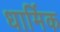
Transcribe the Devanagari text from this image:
धार्मिक